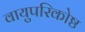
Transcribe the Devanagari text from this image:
वायुपरिकोष्ठ